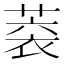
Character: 𦶧